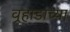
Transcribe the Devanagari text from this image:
वर्‍हाडाच्या